Sketch of the medical history of the native army of Bombay, for the year
Year: 1872
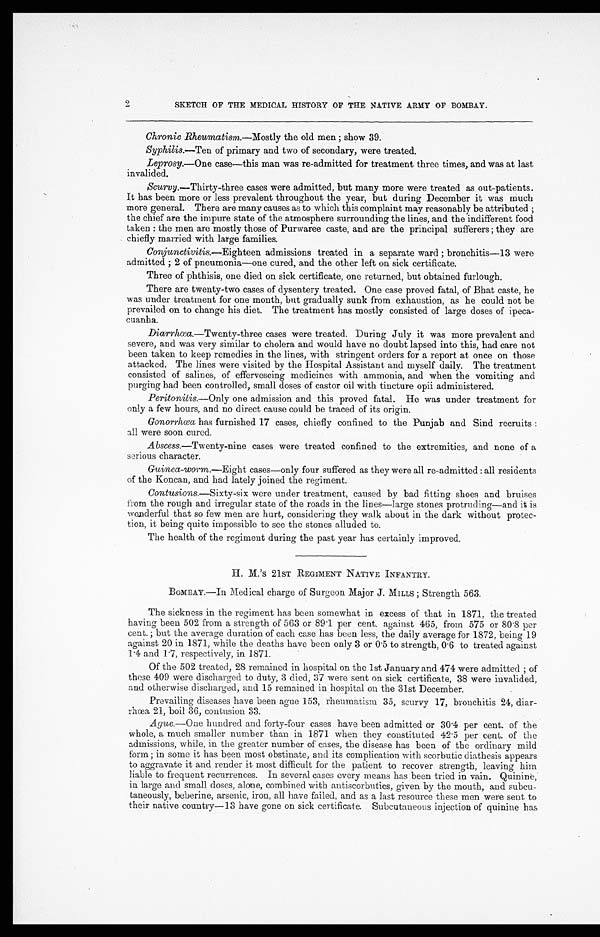
2
SKETCH OF THE MEDICAL HISTORY OF THE NATIVE ARMY OF BOMBAY.
Chronic Rheumatism. —Mostly the old men ; show 39.
Syphilis.—Ten of primary and two of secondary, were treated.
Leprosy.—One case—this man was re-admitted for treatment three times, and was at last
invalided.
Scurvy.—Thirty-three cases were admitted, but many more were treated as out-patients.
It has been more or less prevalent throughout the year, but during December it was much
more general. There are many causes as to which this complaint may reasonably be attributed ;
the chief are the impure state of the atmosphere surrounding the lines, and the indifferent food
taken : the men are mostly those of Purwaree caste, and are the principal sufferers ; they are
chiefly married with large families.
Conjunctivitis.— Eighteen admissions treated in a separate ward ; bronchitis
—13
were
admitted ; 2 of pneumonia—one cured, and the other left on sick certificate.
Three of phthisis, one died on sick certificate, one returned, but obtained furlough.
There are twenty-two cases of dysentery treated. One case proved fatal, of Bhat caste, he
was under treatment for one month, but gradually sunk from exhaustion, as he could not be
prevailed on to change his diet. The treatment has mostly consisted of large doses of
ipeca-cuanba.
Diarrhoea.—Twenty-three cases were treated. During July it was more prevalent and
severe, and was very similar to cholera and would have no doubt lapsed into this, had care not
been taken to keep remedies in the lines, with stringent orders for a report at once on those
attacked. The lines were visited by the Hospital Assistant and myself daily. The treatment
consisted of salines, of effervescing medicines with ammonia, and when the vomiting and
purging had been controlled, small doses of castor oil with tincture opii administered.
Peritonitis.—Only one admission and this proved fatal. He was under treatment for
only a few hours, and no direct cause could be traced of its origin.
Gonorrhœa has furnished 17 cases, chiefly confined to the Punjab and Sind recruits :
all were soon cured.
Abscess.—Twenty-nine cases were treated confined to the extremities, and none of a
serious character.
Guinea-worm .—Eight cases—only four suffered as they were all re-admitted : all residents
of the Koncan, and had lately joined the regiment.
Contusions.—Sixty-six were under treatment, caused by bad fitting shoes and bruises
from the rough and irregular state of the roads in the lines—large stones protruding—and it is
wonderful that so few men are hurt, considering they walk about in the dark without protec-
tion, it being quite impossible to see the stones alluded to.
The health of the regiment during the past year has certainly improved.
H. M.'s 21ST REGIMENT NATIVE INFANTRY.
BOMBAY.—In Medical charge of Surgeon Major J. MILLS ; Strength 563.
The sickness in the regiment has been somewhat in excess of that in 1871, the treated
having been 502 from a strength of 563 or 89.1 per cent, against 465, from 575 or 80.8 per
cent. ; but the average duration of each case has been less, the daily average for 1872, being 19
against 20 in 1871, while the deaths have been only 3 or 0.5 to strength, 0.6 to treated against
1.4 and 1.7, respectively, in 1871.
Of the 502 treated, 28 remained in hospital on the 1st January and 474 were admitted ; of
these 409 were discharged to duty, 3 died, 37 were sent on sick certificate, 38 were invalided,
and otherwise discharged, and 15 remained in hospital on the 31st December.
Prevailing diseases have been ague 153, rheumatism 35, scurvy 17, bronchitis 24, diar-
rhœa 21, boil 36,c o n t u s i o n 3 3 .
Ague.—One hundred and forty-four cases have been admitted or 30.4 per cent. of the
whole, a much smaller number than in 1871 when they constituted 42.5 per cent. of the
admissions, while, in the greater number of cases, the disease has been of the ordinary mild
forrn ; in some it has been most obstinate, and its complication with scorbutic diathesis appears
to aggravate it and render it most difficult for the patient to recover strength, leaving him
liable to frequent recurrences. In several cases every means has been tried in vain. Quinine,
is large and small doses, alone, combined with antiscorbutics, given by the mouth, and subcu-
taneously, beberine, arsenic, iron, all have failed, and as a last resource these men were sent to
their native country—13 have gone on sick certificate. Subcutaneous injection of quinine has